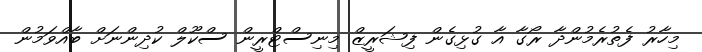
މިހާރު ފެތުރެމުންދާ ރޯގާ އާ ގުޅިގެން ފިޝަރީޒް މިނިސްޓްރީން ސްކޫލް ކުދިންނަށް ބާއްވަމުން